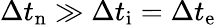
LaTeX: \Delta t_{\mathrm{n}}\gg\Delta t_{\mathrm{i}}=\Delta t_{\mathrm{e}}